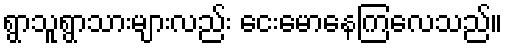
ရွာသူရွာသားများလည်း ငေးမောနေကြလေသည်။